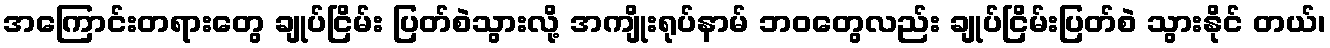
အကြောင်းတရားတွေ ချုပ်ငြိမ်း ပြတ်စဲသွားလို့ အကျိုးရုပ်နာမ် ဘဝတွေလည်း ချုပ်ငြိမ်းပြတ်စဲ သွားနိုင် တယ်၊